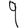
Digit: 9